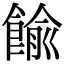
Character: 𩜶